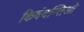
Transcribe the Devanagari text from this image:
किवंदन्तिओ